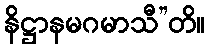
နိဋ္ဌာနမဂမာသီ”တိ။